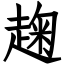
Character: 趜